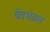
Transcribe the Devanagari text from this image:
वेदमंत्रात